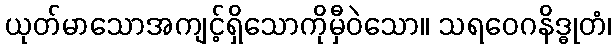
ယုတ်မာသောအကျင့်ရှိသောကိုမှီဝဲသော။ သရဝေဂနိဒ္ဓုတံ၊